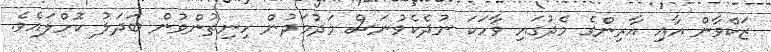
ޒަކްވާން އާއި އާރިންގެ މެދުގައި ވާހަކަ ނުދެކެވުނަސް މަދުމަދުން ހިނިތުންވުން ބަދަލު ކޮށްލައެވެ.